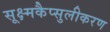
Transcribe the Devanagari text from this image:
सूक्ष्मकैप्सुलीकरण